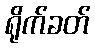
ရိုက်ခတ်